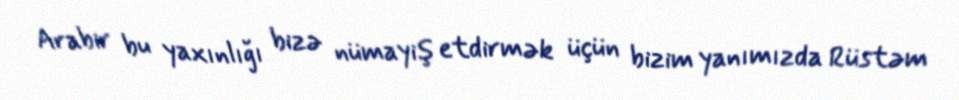
Arabir bu yaxınlığı bizə nümayiş etdirmək üçün bizim yanımızda Rüstəm